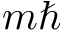
m \hbar